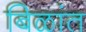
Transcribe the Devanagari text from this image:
बिळांत